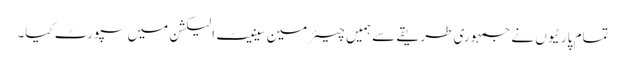
تمام پارٹیوں نے جمہوری طریقے سے ہمیں چیئرمین سینیٹ الیکشن میں سپورٹ کیا۔